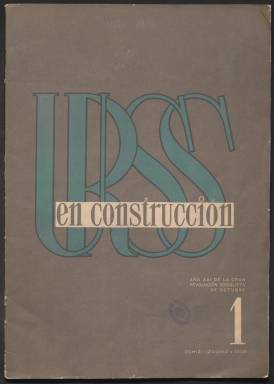
Título: URSS en construcción
Colección: Socialismo || Revistas de información general
Ámbito geográfico: URSS
Lugar de publicación: Moscú
Fechas: 01/01/1938-31/12/1938